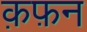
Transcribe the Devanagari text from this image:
क़फ़न